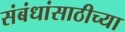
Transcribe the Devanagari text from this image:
संबंधांसाठीच्या